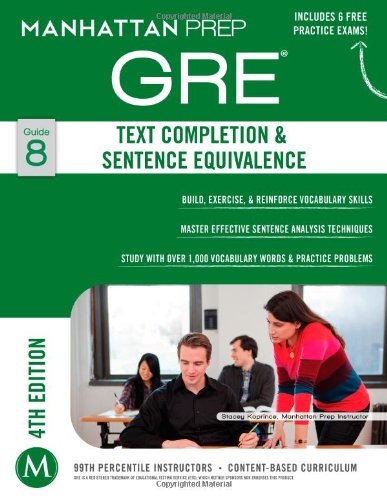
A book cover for GRE Text Completion & Sentence Equivalence (Manhattan Prep GRE Strategy Guides); Manhattan Prep; Test Preparation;